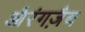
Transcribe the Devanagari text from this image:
औरंगज़ैब